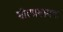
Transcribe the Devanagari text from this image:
शीतप्रशामक